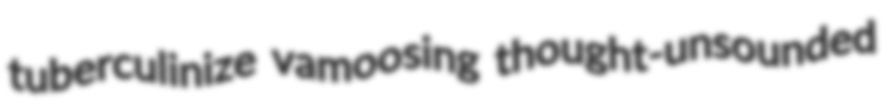
tuberculinize vamoosing thought-unsounded